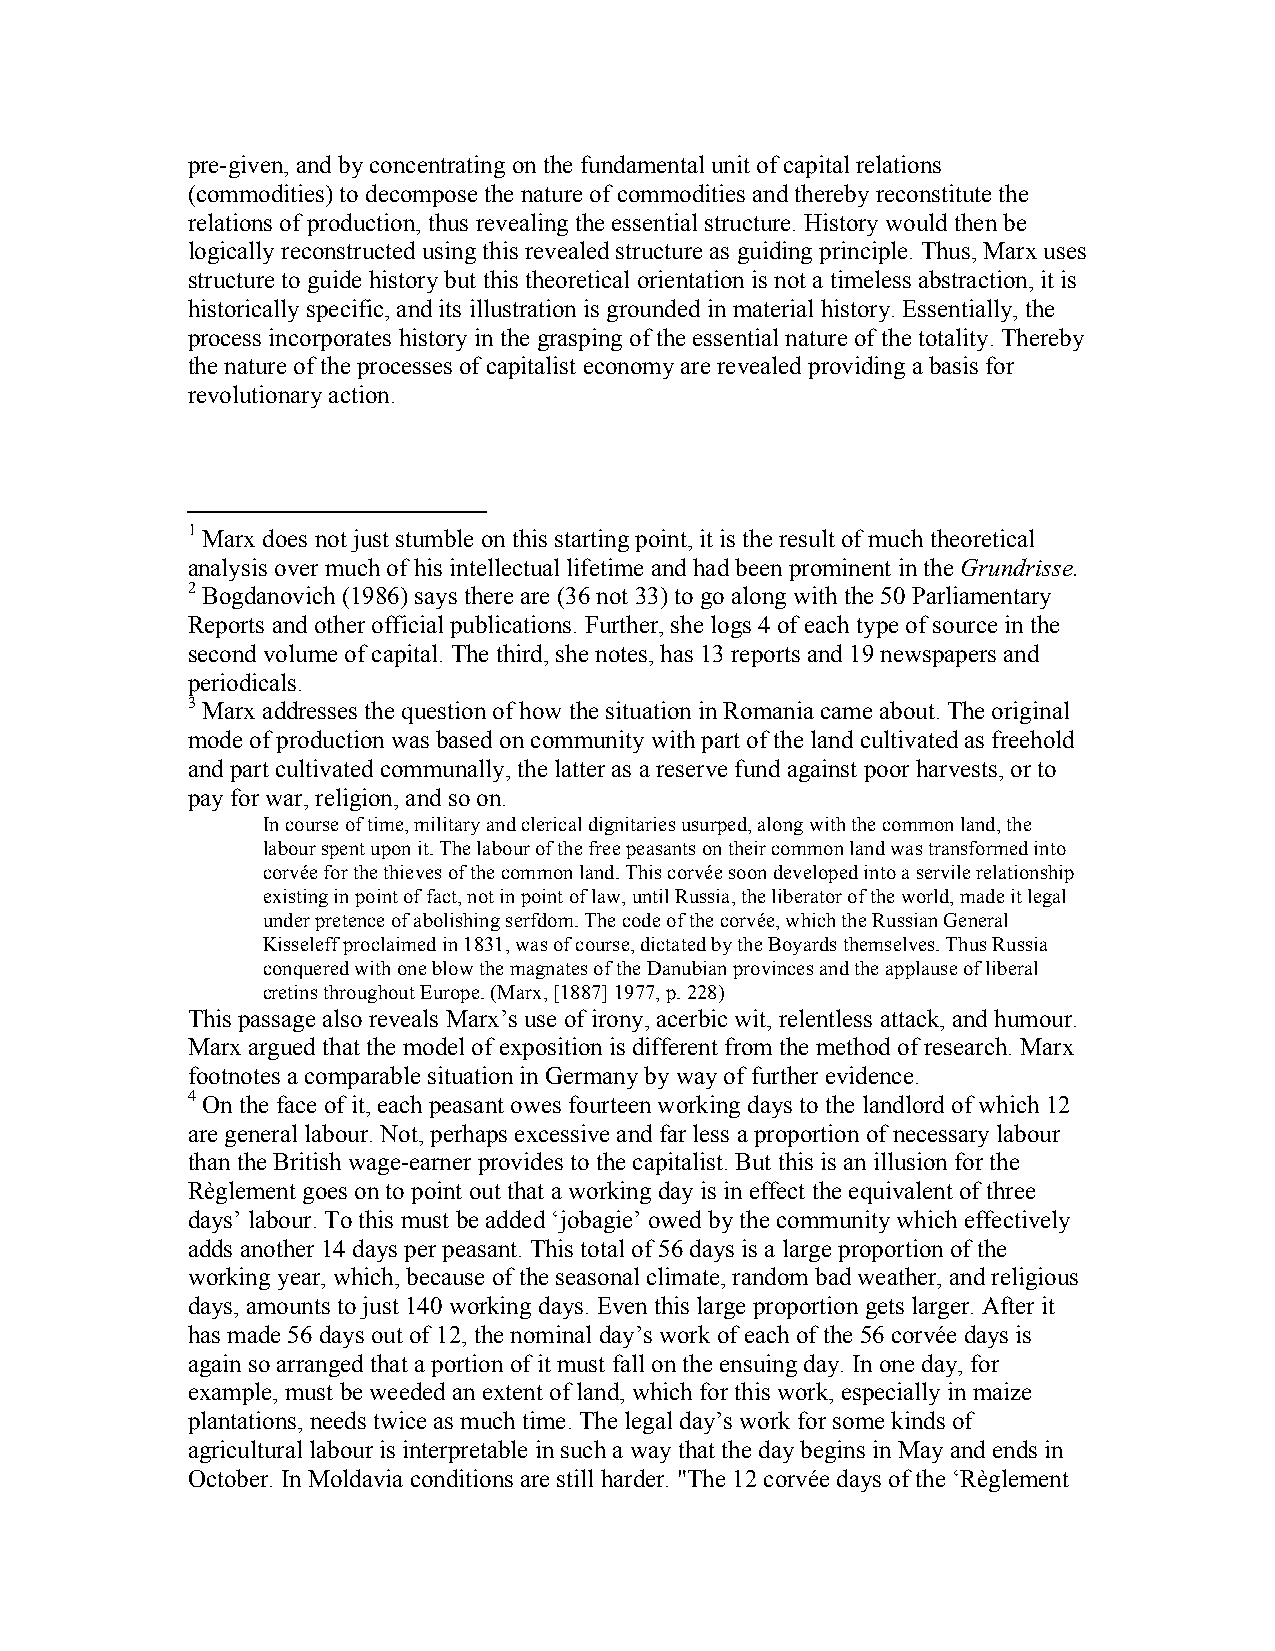
pre-given, and by concentrating on the fundamental unit of capital relations
 (commodities) to decompose the nature of commodities and thereby reconstitute the
 relations of production, thus revealing the essential structure. History would then be
 logically reconstructed using this revealed structure as guiding principle. Thus, Marx uses
 structure to guide history but this theoretical orientation is not a timeless abstraction, it is
 historically specific, and its illustration is grounded in material history. Essentially, the
 process incorporates history in the grasping of the essential nature of the totality. Thereby
 the nature of the processes of capitalist economy are revealed providing a basis for
 revolutionary action.
 1 Marx does not just stumble on this starting point, it is the result of much theoretical
 analysis over much of his intellectual lifetime and had been prominent in the Grundrisse.
 2 Bogdanovich (1986) says there are (36 not 33) to go along with the 50 Parliamentary
 Reports and other official publications. Further, she logs 4 of each type of source in the
 second volume of capital. The third, she notes, has 13 reports and 19 newspapers and
 periodicals.
 3 Marx addresses the question of how the situation in Romania came about. The original
 mode of production was based on community with part of the land cultivated as freehold
 and part cultivated communally, the latter as a reserve fund against poor harvests, or to
 pay for war, religion, and so on.
 In course of time, military and clerical dignitaries usurped, along with the common land, the
 labour spent upon it. The labour of the free peasants on their common land was transformed into
 corvée for the thieves of the common land. This corvée soon developed into a servile relationship
 existing in point of fact, not in point of law, until Russia, the liberator of the world, made it legal
 under pretence of abolishing serfdom. The code of the corvée, which the Russian General
 Kisseleff proclaimed in 1831, was of course, dictated by the Boyards themselves. Thus Russia
 conquered with one blow the magnates of the Danubian provinces and the applause of liberal
 cretins throughout Europe. (Marx, [1887] 1977, p. 228)
 This passage also reveals Marx’s use of irony, acerbic wit, relentless attack, and humour.
 Marx argued that the model of exposition is different from the method of research. Marx
 footnotes a comparable situation in Germany by way of further evidence.
 4 On the face of it, each peasant owes fourteen working days to the landlord of which 12
 are general labour. Not, perhaps excessive and far less a proportion of necessary labour
 than the British wage-earner provides to the capitalist. But this is an illusion for the
 Règlement goes on to point out that a working day is in effect the equivalent of three
 days’ labour. To this must be added ‘jobagie’ owed by the community which effectively
 adds another 14 days per peasant. This total of 56 days is a large proportion of the
 working year, which, because of the seasonal climate, random bad weather, and religious
 days, amounts to just 140 working days. Even this large proportion gets larger. After it
 has made 56 days out of 12, the nominal day’s work of each of the 56 corvée days is
 again so arranged that a portion of it must fall on the ensuing day. In one day, for
 example, must be weeded an extent of land, which for this work, especially in maize
 plantations, needs twice as much time. The legal day’s work for some kinds of
 agricultural labour is interpretable in such a way that the day begins in May and ends in
 October. In Moldavia conditions are still harder. "The 12 corvée days of the ‘Règlement